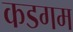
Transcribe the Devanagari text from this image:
कडगम